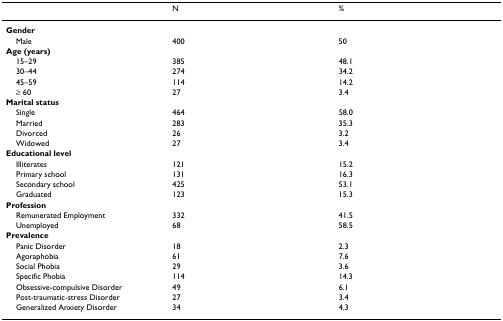
<table><thead><tr><td></td><td><b>N</b></td><td><b>%</b></td></tr></thead><tbody><tr><td><b>Gender</b></td><td></td><td></td></tr><tr><td> Male</td><td>400</td><td>50</td></tr><tr><td><b>Age (years)</b></td><td></td><td></td></tr><tr><td> 15–29</td><td>385</td><td>48.1</td></tr><tr><td> 30–44</td><td>274</td><td>34.2</td></tr><tr><td> 45–59</td><td>114</td><td>14.2</td></tr><tr><td> ≥ 60</td><td>27</td><td>3.4</td></tr><tr><td><b>Marital status</b></td><td></td><td></td></tr><tr><td> Single</td><td>464</td><td>58.0</td></tr><tr><td> Married</td><td>283</td><td>35.3</td></tr><tr><td> Divorced</td><td>26</td><td>3.2</td></tr><tr><td> Widowed</td><td>27</td><td>3.4</td></tr><tr><td><b>Educational level</b></td><td></td><td></td></tr><tr><td> Illiterates</td><td>121</td><td>15.2</td></tr><tr><td> Primary school</td><td>131</td><td>16.3</td></tr><tr><td> Secondary school</td><td>425</td><td>53.1</td></tr><tr><td> Graduated</td><td>123</td><td>15.3</td></tr><tr><td><b>Profession</b></td><td></td><td></td></tr><tr><td> Remunerated Employment</td><td>332</td><td>41.5</td></tr><tr><td> Unemployed</td><td>68</td><td>58.5</td></tr><tr><td><b>Prevalence</b></td><td></td><td></td></tr><tr><td> Panic Disorder</td><td>18</td><td>2.3</td></tr><tr><td> Agoraphobia</td><td>61</td><td>7.6</td></tr><tr><td> Social Phobia</td><td>29</td><td>3.6</td></tr><tr><td> Specific Phobia</td><td>114</td><td>14.3</td></tr><tr><td> Obsessive-compulsive Disorder</td><td>49</td><td>6.1</td></tr><tr><td> Post-traumatic-stress Disorder</td><td>27</td><td>3.4</td></tr><tr><td> Generalized Anxiety Disorder</td><td>34</td><td>4.3</td></tr></tbody></table>